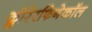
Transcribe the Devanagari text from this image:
क्लोरेरफिनेकॉल